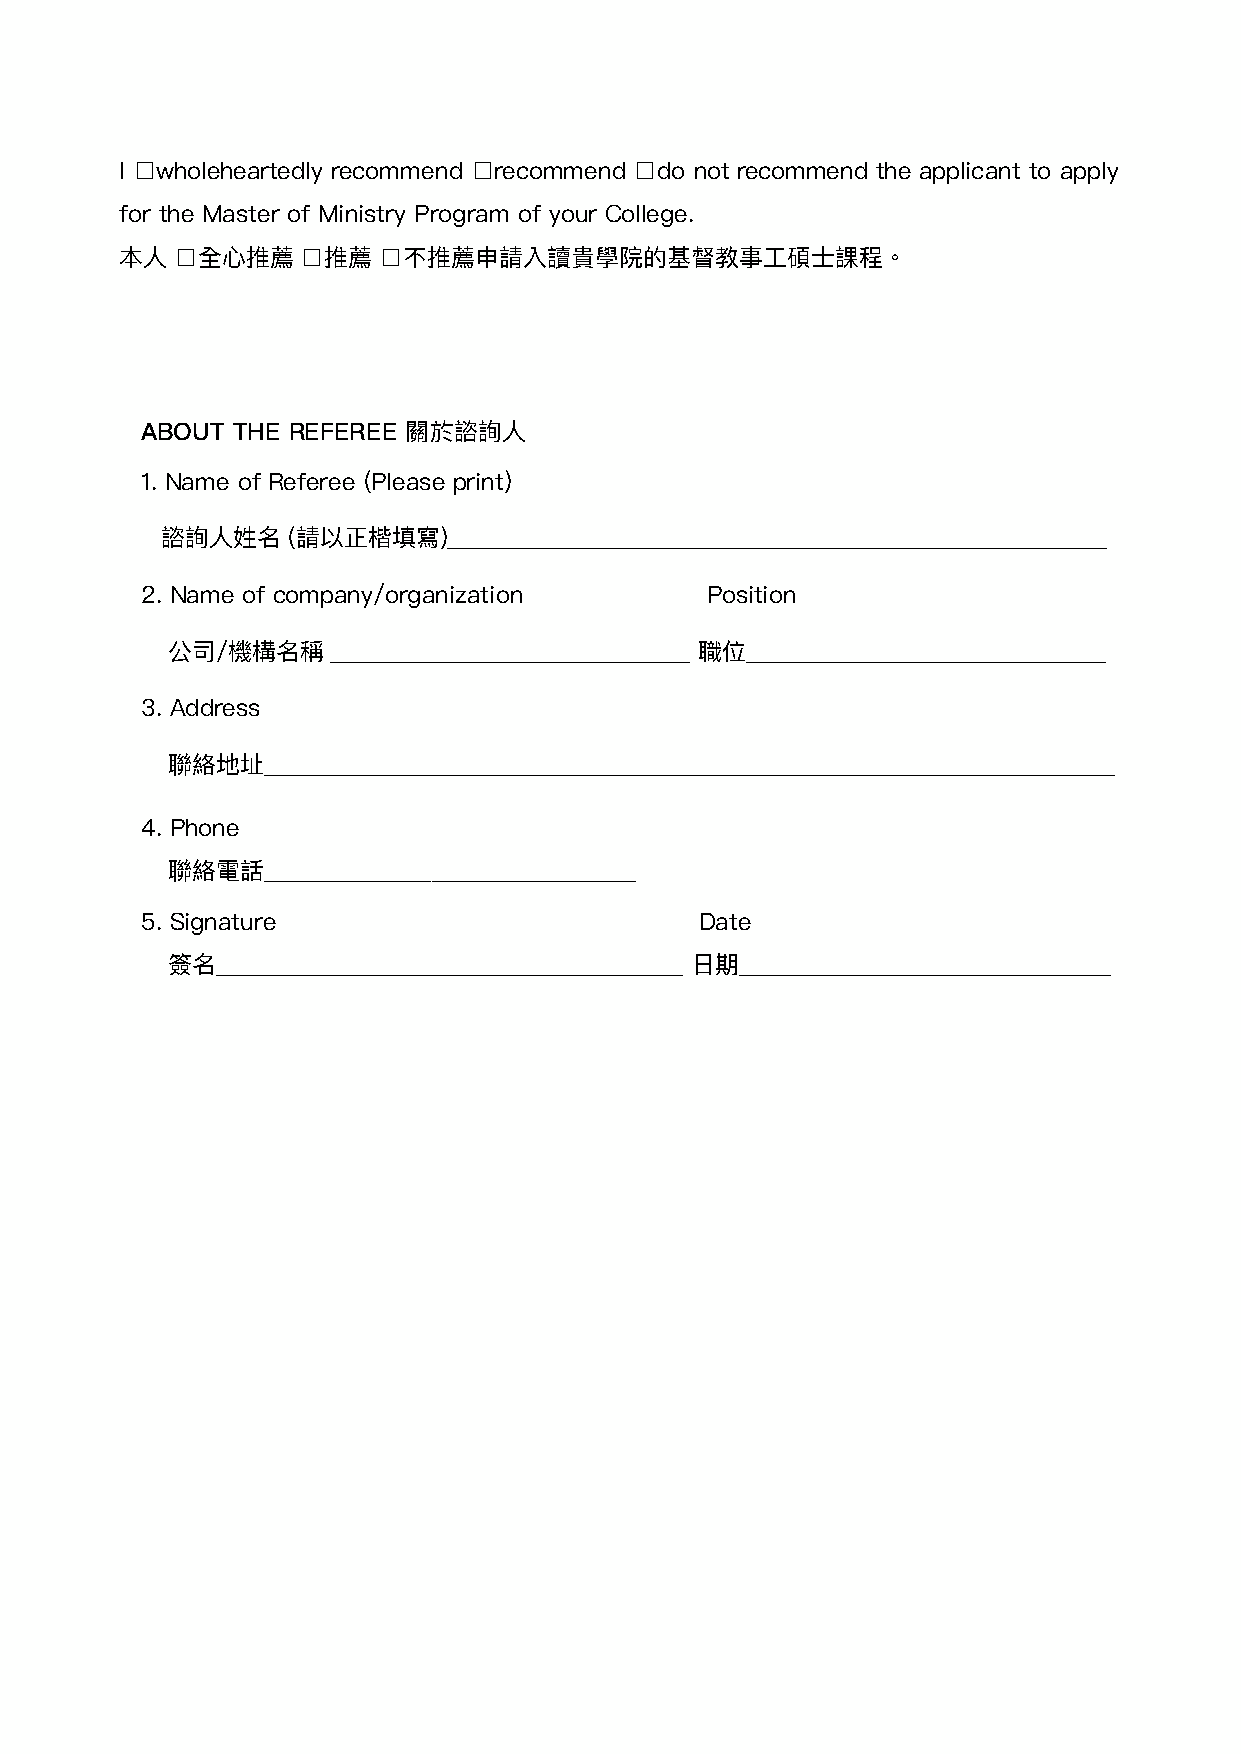
I □wholeheartedly recommend □recommend □do not recommend the applicant to apply
 for the Master of Ministry Program of your College.
 本⼈人 □全⼼心推薦  □推薦  □不推薦申請入讀貴學院的基督教事⼯工碩⼠士課程。
 ABOUT THE REFEREE 關於諮詢⼈人
 1. Name of Referee (Please print)
 諮詢⼈人姓名  (請以正楷填寫)_______________________________________________________
 2. Name of company/organization       Position
 公司/機構名稱    ______________________________ 職位______________________________
 3. Address
 聯聯絡地址_______________________________________________________________________
 4. Phone
 聯聯絡電話_______________________________
 5. Signature                         Date
 簽名_______________________________________ ⽇日期_______________________________